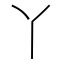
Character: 丫